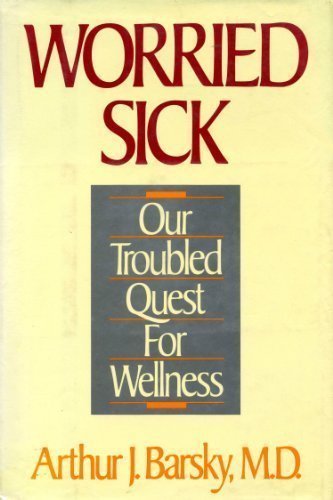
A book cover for Worried Sick: Our Troubled Quest for Wellness; Arthur J. Barsky; Health, Fitness & Dieting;